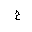
Letter: _ha